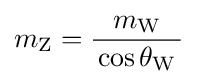
m_{\text{Z}}={\frac {m_{\text{W}}}{\,\cos \theta _{\text{W}}\,}}~